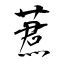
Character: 蔒